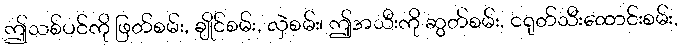
ဤသစ်ပင်ကို ဖြတ်စမ်း, ချိုင်စမ်း, လှဲစမ်း၊ ဤအသီးကို ဆွတ်စမ်း, ငရုတ်သီးထောင်းစမ်း,